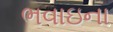
ભવાઇના